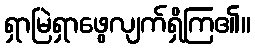
ရှာမြဲရှာဖွေလျက်ရှိကြ၏။